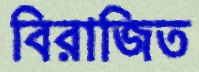
বিরাজিত